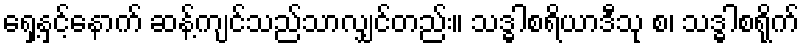
ရှေ့နှင့်နောက် ဆန့်ကျင်သည်သာလျှင်တည်း။ သဒ္ဓါစရိယာဒီသု စ၊ သဒ္ဓါစရိုက်